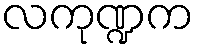
လကုဏ္ဍက